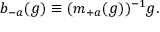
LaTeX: b _ { - a } ( g ) \equiv ( m _ { + a } ( g ) ) ^ { - 1 } g .